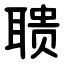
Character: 聩